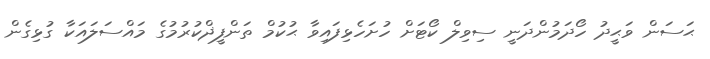
ޙަސަން ވަޙީދު ހޯދަމުންދަނީ ސިވިލް ކޯޓަށް ހުށަހެޅިފައިވާ ޙުކުމް ތަންފީޛްކުރުމުގެ މައްސަލައަކާ ގުޅިގެން